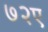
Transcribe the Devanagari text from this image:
७२ए